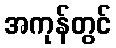
အကုန်တွင်